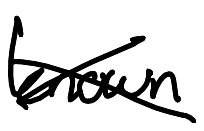
Text: known
Cross-out: cross
Writing tool: digital_black